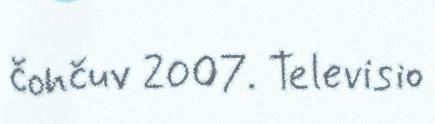
čohčuv 2007. Televisio